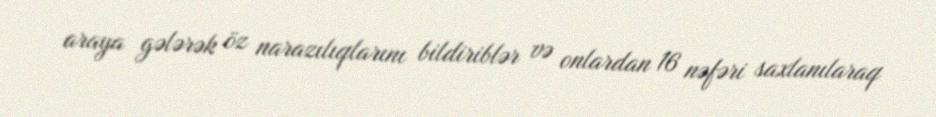
araya gələrək öz narazılıqlarını bildiriblər və onlardan 16 nəfəri saxlanılaraq